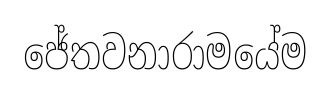
ජේතවනාරාමයේම